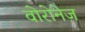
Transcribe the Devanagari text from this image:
वोरोनेज़